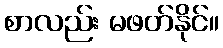
စာလည်း မဖတ်နိုင်။